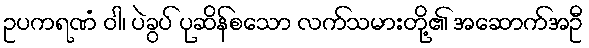
ဥပကရဏံ ဝါ၊ ပဲခွပ် ပုဆိန်စသော လက်သမားတို့၏ အဆောက်အဦ